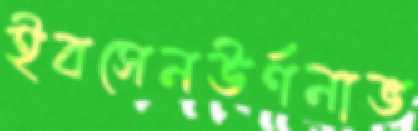
ইবসেনউর্ণনাভ